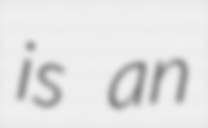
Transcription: is an